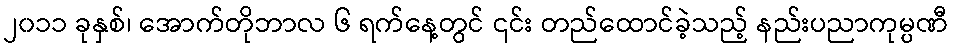
၂၀၁၁ ခုနှစ်၊ အောက်တိုဘာလ ၆ ရက်နေ့တွင် ၎င်း တည်ထောင်ခဲ့သည့် နည်းပညာကုမ္ပဏီ